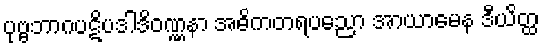
ပုဗ္ဗဘာဂပဋိပဒါဒိဝဏ္ဏနာ အဓိကတရပညော အာယာမေန ဒီယိတ္ထ